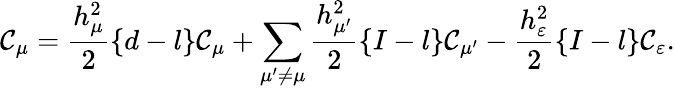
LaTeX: \mathcal{C}_{\mu}=\frac{{h_{\mu}^{2}}}{{2}}\{ d-l\} \mathcal{C}_{\mu}+\sum_{\mu^{\prime}\not{=}\mu}\frac{{h_{\mu^{\prime}}^{2}}}{{2}}\{ I-l\} \mathcal{C}_{\mu^{\prime}}-\frac{{h_{\varepsilon}^{2}}}{{2}}\{ I-l\} \mathcal{C}_{\varepsilon}.